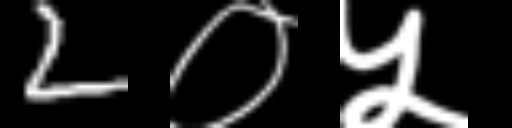
Text: 2०५